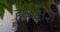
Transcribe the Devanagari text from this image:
हळक्षज्ञ